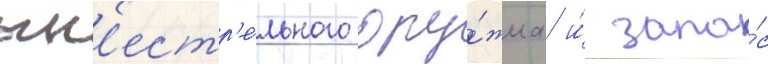
огн'естр'е́льного ору́жиа и́ запа́с